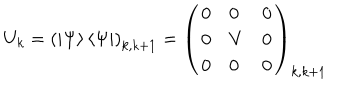
U _ { k } = \left( \left| \Psi \right\rangle \left\langle \Psi \right| \right) _ { k , k + 1 } = \left( \begin{array} { l l l } { { 0 } } & { { 0 } } & { { 0 } } \\ { { 0 } } & { { V } } & { { 0 } } \\ { { 0 } } & { { 0 } } & { { 0 } } \\ \end{array} \right) _ { k , k + 1 }